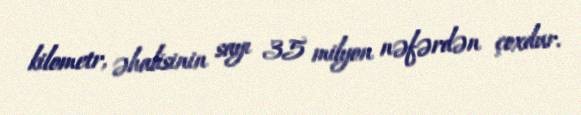
kilometr, əhalisinin sayı 35 milyon nəfərdən çoxdur.